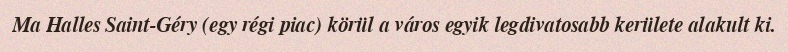
Ma Halles Saint-Géry (egy régi piac) körül a város egyik legdivatosabb kerülete alakult ki.